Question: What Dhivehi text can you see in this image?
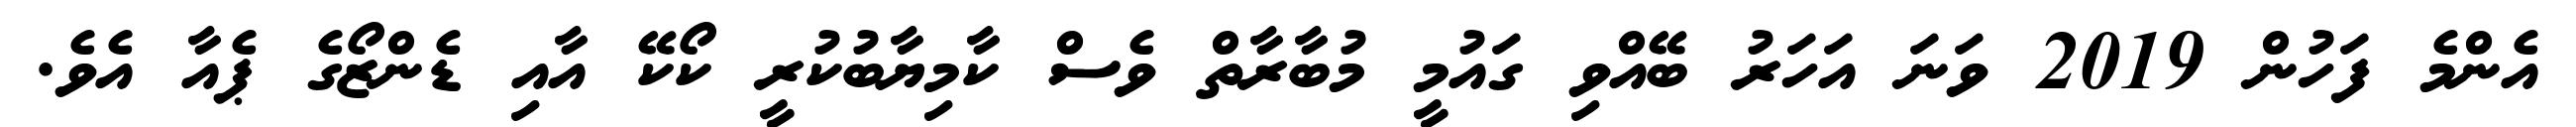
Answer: އެންމެ ފަހުން 2019 ވަނަ އަހަރު ބޭއްވި ގައުމީ މުބާރާތް ވެސް ކާމިޔާބުކުރީ ކޯކޭ އާއި ޑެންޒޯގެ ޕެއާ އެވެ.